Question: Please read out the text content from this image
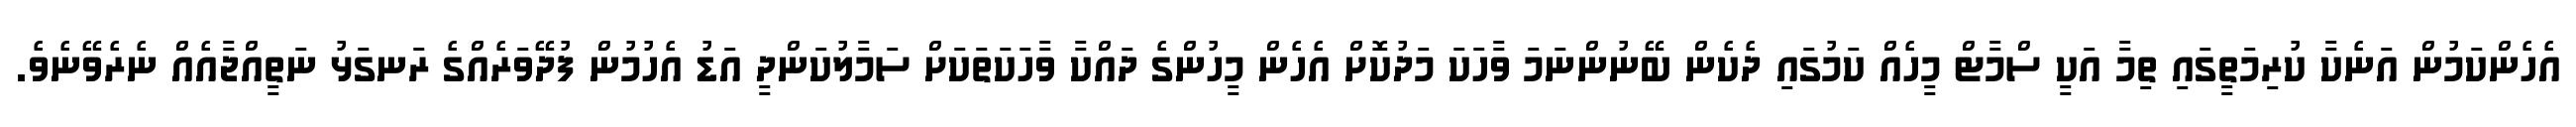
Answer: އެހެންކަމުން އަނެކާ ކުރިމަތީގައި ތިމާ އަކީ ސްމާޓް މީހެއް ކަމުގައި ދެކެން ބޭނުންނަމަ ވާހަކަ މަދުކޮށް އެހެން މީހުންގެ ދައްކާ ވާހަކަތަކަށް ސަމާލުކަންދީ އަޑު އެހުމުން ފުދޭވަރެއްގެ ރަނގަޅު ނަތީއްޖާއެއް ނެރެވޭނެވެ.